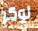
لوكر